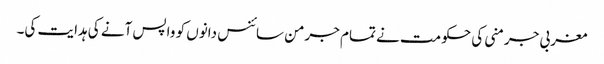
مغربی جرمنی کی حکومت نے تمام جرمن سائنس دانوں کو واپس آنے کی ہدایت کی۔